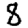
Digit: 8